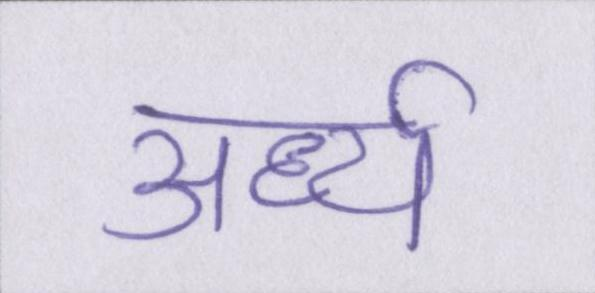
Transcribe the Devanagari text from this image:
अर्ध्य